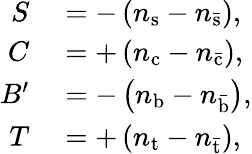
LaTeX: \begin{array}{rl}{S}&{{}=-\left(n_{\mathrm{s}}-n_{\mathrm{\bar{s}}}\right),}\\ {C}&{{}=+\left(n_{\mathrm{c}}-n_{\mathrm{\bar{c}}}\right),}\\ {B^{\prime}}&{{}=-\left(n_{\mathrm{b}}-n_{\mathrm{\bar{b}}}\right),}\\ {T}&{{}=+\left(n_{\mathrm{t}}-n_{\mathrm{\bar{t}}}\right),}\end{array}